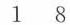
1 8